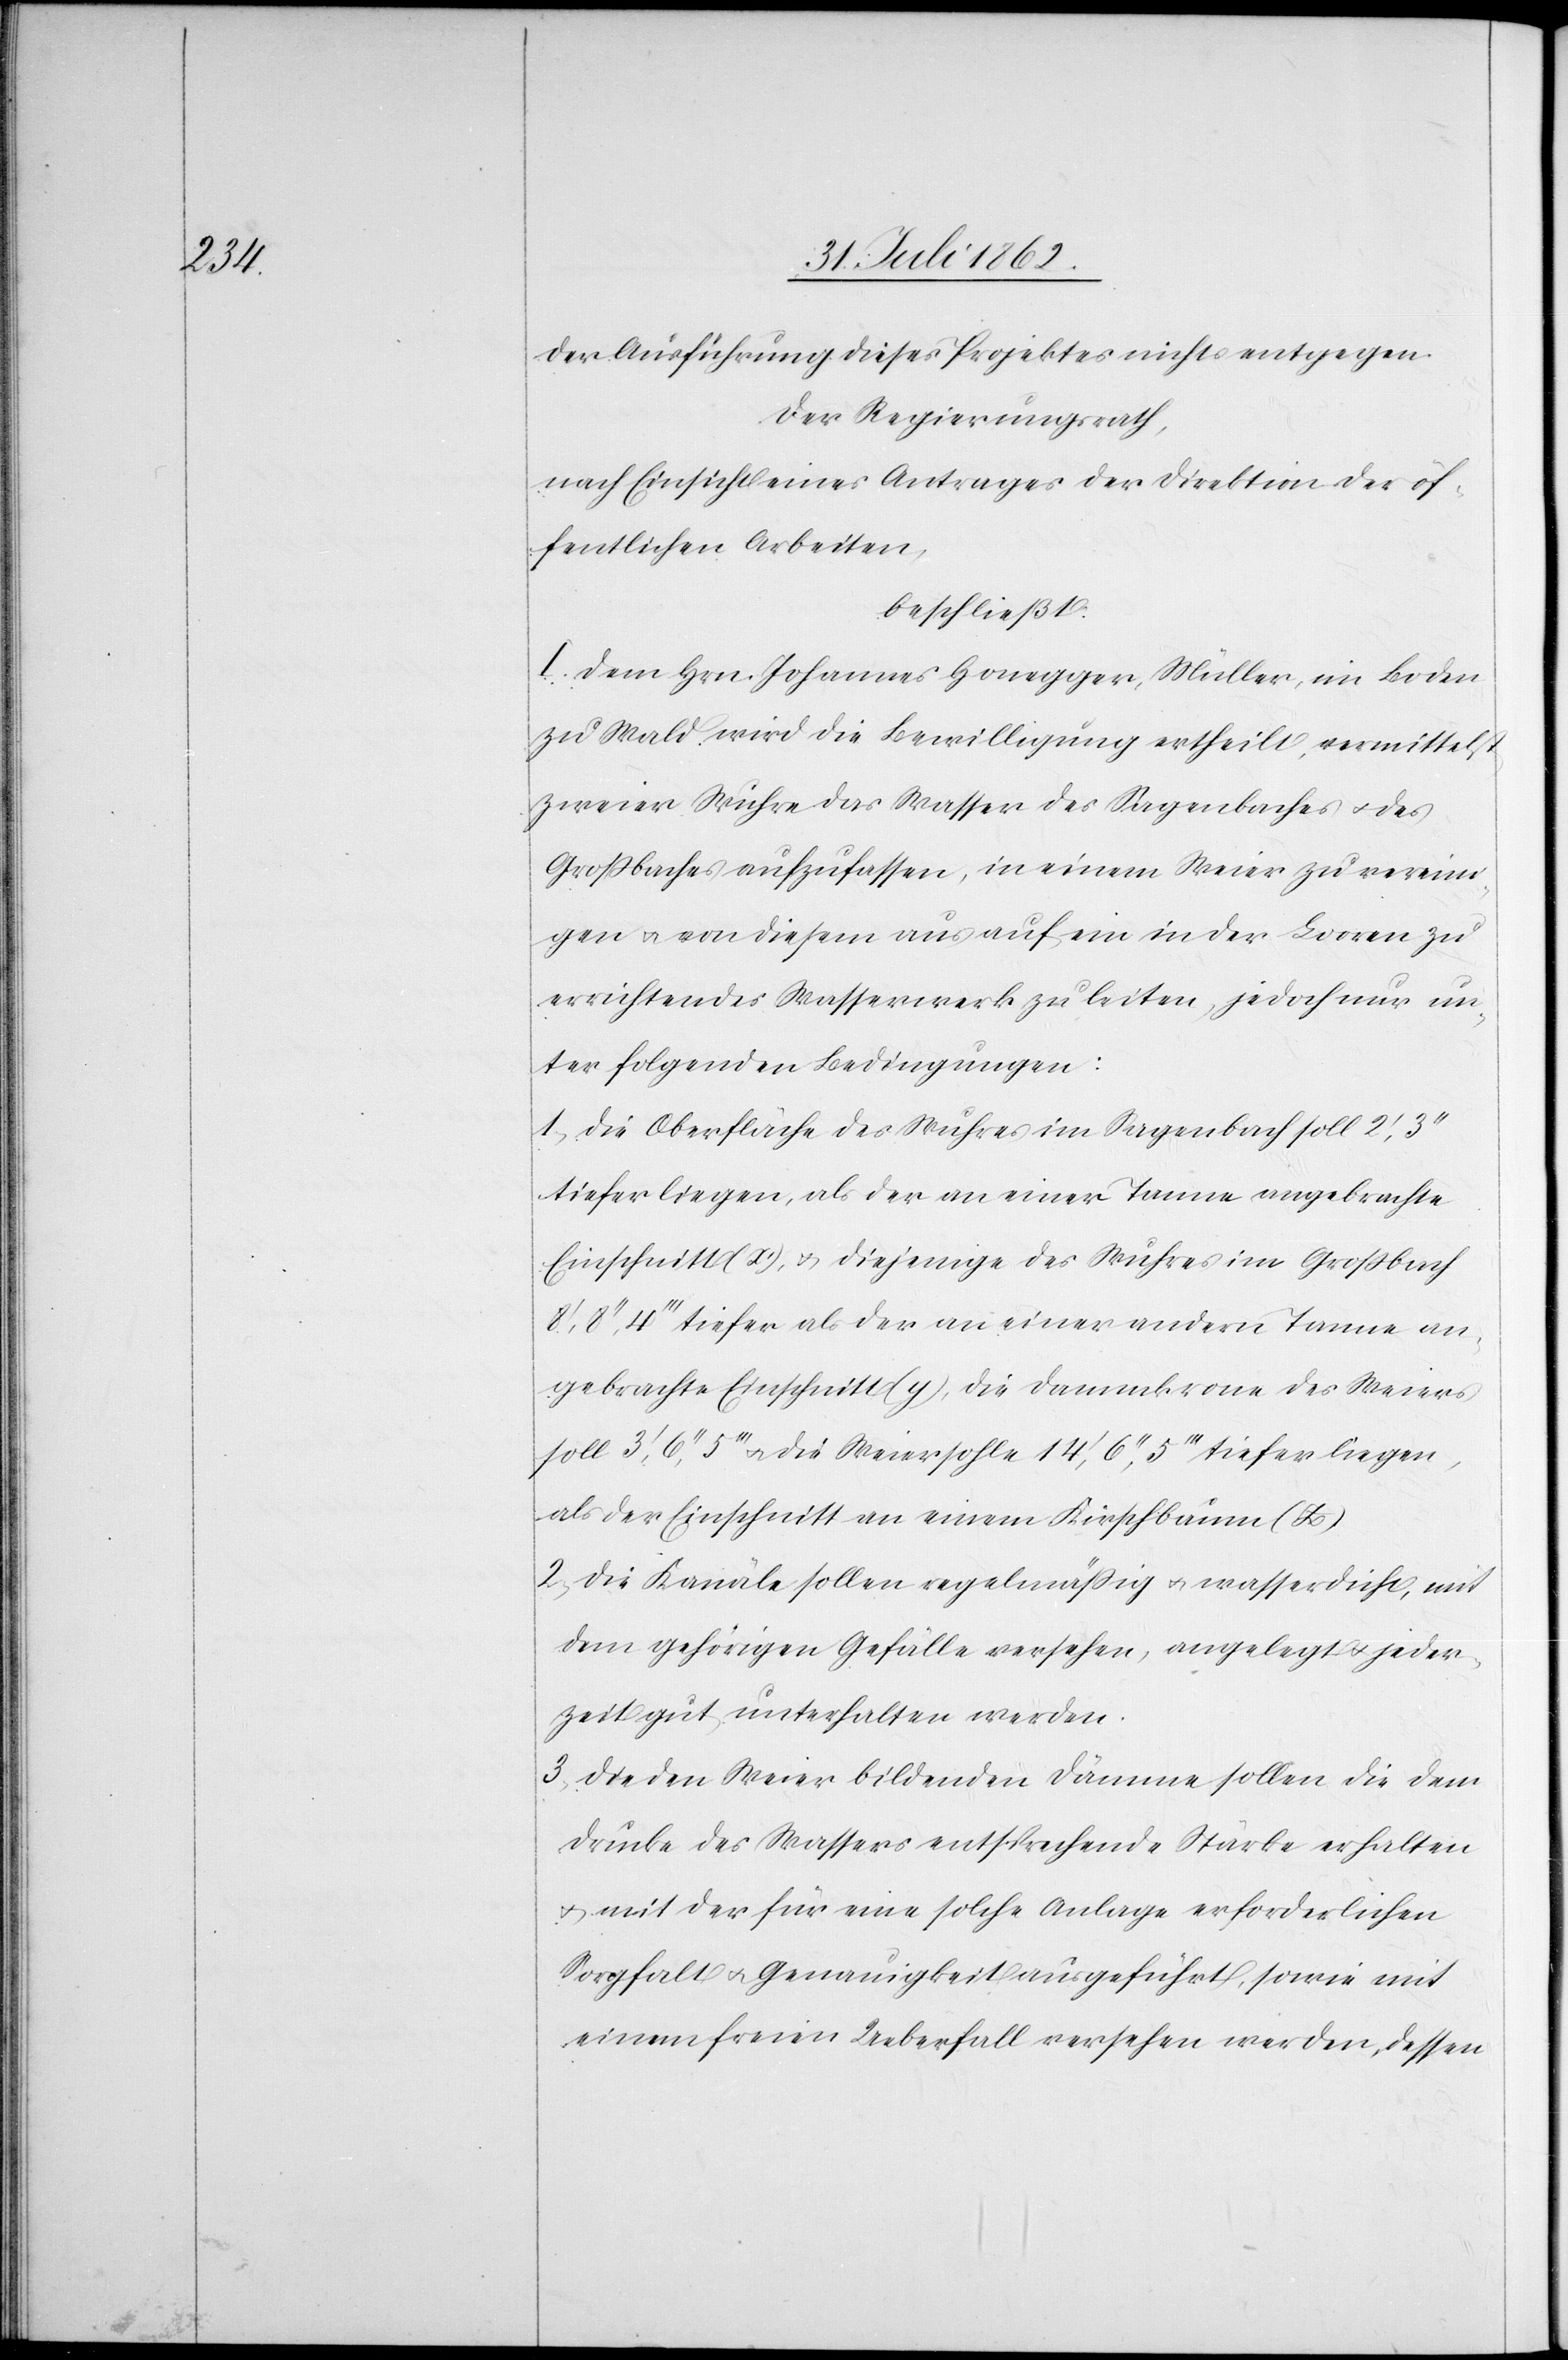
der Ausführung dieses Projektes nichts entgegen.
Der Regierungsrath,
nach Einsicht eines Antrages der Direktion der öf¬
fentlichen Arbeiten,
beschließt:
I. Dem Hrn. Johannes Honegger, Müller, im Boden
zu Wald wird die Bewilligung ertheilt, vermittelst
zweier Wuhre das Wasser des Sagenbaches u. des
Großbaches aufzufassen, in einem Weier zu vereini¬
gen u. von diesem aus auf ein in der Looren zu
errichtendes Wasserwerk zu leiten, jedoch nur un¬
ter folgenden Bedingungen.
1. Die Oberfläche des Wuhres im Sagenbach soll 2’,3’’
tiefer liegen, als der an einer Tanne angebracht
Einschnitt (x’), u. diejenigen des Wuhres im Großbach
8’,8’’,4’’’ tiefer als der an einer andern Tanne an¬
gebrachte Einschnitt (y), die Dammkorne des Weiers
soll 3’,6’’,5’’’ u. die Weiersohle 14’,6’’,5’’’ tiefer liegen,
als der Einschnitt an einem Kirschbaum (z).
2. Die Kanäle sollen regelmäßig u. wasserdicht, mit
dem gehörigen Gefälle versehen, angelegt u. jeder¬
zeit gut unterhalten werden.
3. Die den Weier bildenden Dämme sollen die dem
Drucke des Wassers entsprechende Stärke erhalten
u. mit der für eine solche Anlage erforderlichen
Sorgfalt u. Genauigkeit ausgeführt, sowie mit
einem freien Ueberfall versehen werden, dessen